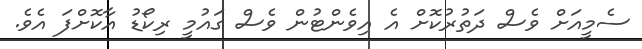
ސެމީއަށް ވެސް ދަތުރުކޮށް އެ އިވެންޓުން ވެސް ގައުމީ ރިކޯޑު އާކޮށްފަ އެވެ.